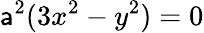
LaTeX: \mathsf{a}^{2}(3x^{2}-y^{2})=0